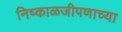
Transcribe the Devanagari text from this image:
निष्काळजीपणाच्या